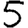
Digit: 5